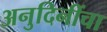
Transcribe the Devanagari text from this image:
अनुदिनींचा